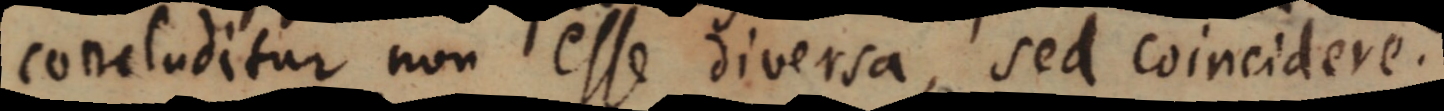
concluditur non esse diversa, sed coincidere.